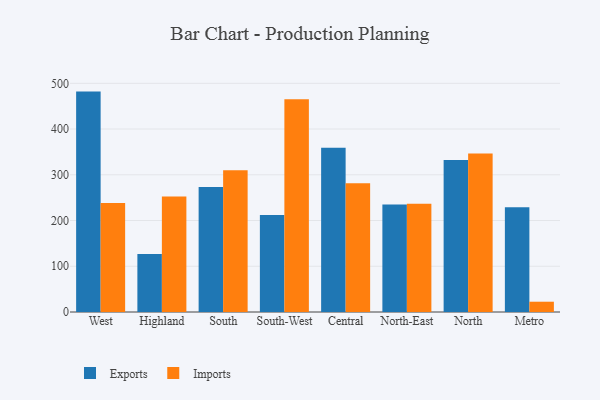
{"axis": {"x": "Region", "y": "Active Users"}, "legend": ["Exports", "Imports"], "data": [{"x": "West", "y": 481.9, "type": "Exports"}, {"x": "West", "y": 238.4, "type": "Imports"}, {"x": "Highland", "y": 127.0, "type": "Exports"}, {"x": "Highland", "y": 252.3, "type": "Imports"}, {"x": "South", "y": 273.4, "type": "Exports"}, {"x": "South", "y": 309.7, "type": "Imports"}, {"x": "South-West", "y": 212.2, "type": "Exports"}, {"x": "South-West", "y": 465.1, "type": "Imports"}, {"x": "Central", "y": 359.0, "type": "Exports"}, {"x": "Central", "y": 281.6, "type": "Imports"}, {"x": "North-East", "y": 234.8, "type": "Exports"}, {"x": "North-East", "y": 236.6, "type": "Imports"}, {"x": "North", "y": 332.3, "type": "Exports"}, {"x": "North", "y": 346.6, "type": "Imports"}, {"x": "Metro", "y": 229.2, "type": "Exports"}, {"x": "Metro", "y": 22.5, "type": "Imports"}]}